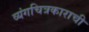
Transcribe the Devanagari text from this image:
व्यंगचित्रकाराची